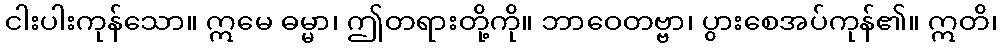
ငါးပါးကုန်သော။ ဣမေ ဓမ္မာ၊ ဤတရားတို့ကို။ ဘာဝေတဗ္ဗာ၊ ပွားစေအပ်ကုန်၏။ ဣတိ၊